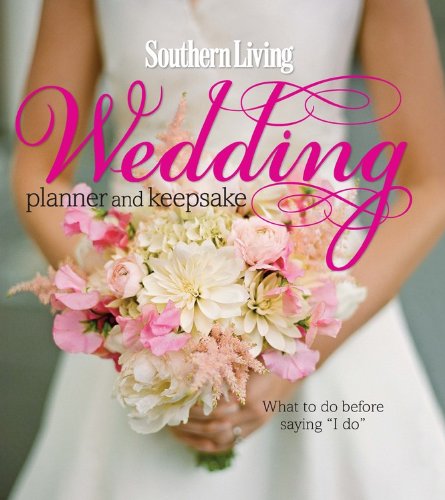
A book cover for Southern Living Wedding Planner and Keepsake: What To Do Before Saying "I Do"; Editors of Southern Living Magazine; Crafts, Hobbies & Home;